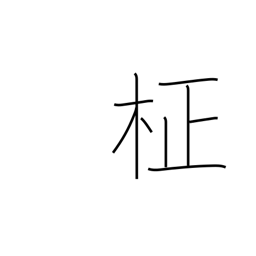
Meaning: straight grain